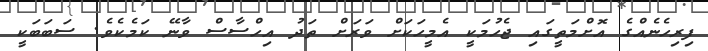
ފިރިހެނެއްގެ އޮށްމަތީގައި ޖެހުމަކީ އެމީހަކަށް ވަރަށް ތަދު އިހްސާސް ވާނޭ ކަމެކެވެ. ސަބަބަކީ